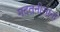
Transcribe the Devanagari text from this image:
मदतनीसांना